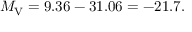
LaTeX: M _ { \mathrm { V } } = 9 . 3 6 - 3 1 . 0 6 = - 2 1 . 7 .